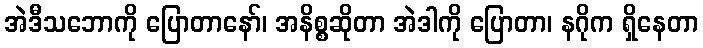
အဲဒီသဘောကို ပြောတာနော်၊ အနိစ္စဆိုတာ အဲဒါကို ပြောတာ၊ နဂိုက ရှိနေတာ